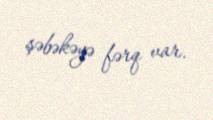
şəbəkəyə fərq var.